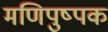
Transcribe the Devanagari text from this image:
मणिपुष्पक